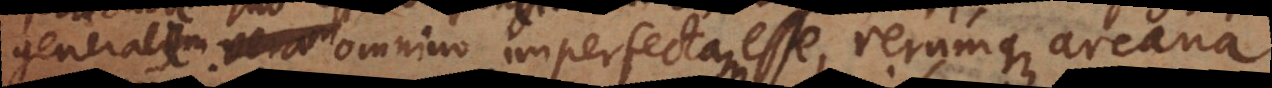
generalem veram omnino imperfectam esse, rerumque arcana